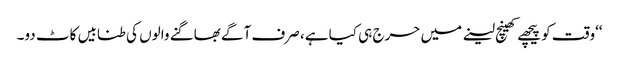
‘‘وقت کو پیچھے کھینچ لینے میں حرج ہی کیا ہے، صرف آگے بھاگنے والوں کی طنابیں کاٹ دو۔